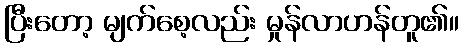
ပြီးတော့ မျက်စေ့လည်း မှုန်လာဟန်တူ၏။